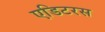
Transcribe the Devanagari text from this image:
एडिटरस